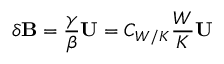
\delta { \bf { B } } = \frac { \gamma } { \beta } { \bf { U } } = C _ { W / K } \frac { W } { K } { \bf { U } }